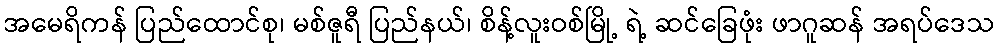
အမေရိကန် ပြည်ထောင်စု၊ မစ်ဇူရီ ပြည်နယ်၊ စိန့်လူးဝစ်မြို့ ရဲ့ ဆင်ခြေဖုံး ဖာဂူဆန် အရပ်ဒေသ